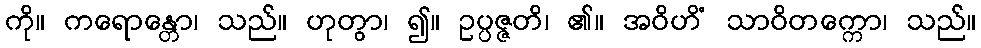
ကို။ ကရောန္တော၊ သည်။ ဟုတွာ၊ ၍။ ဥပ္ပဇ္ဇတိ၊ ၏။ အဝိဟိံ သာဝိတက္ကော၊ သည်။